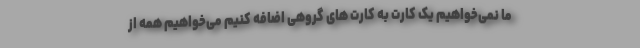
ما نمی‌خواهیم یک کارت به کارت های گروهی اضافه کنیم می‌خواهیم همه از